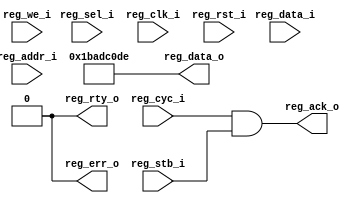



module soc_registers(
                      input   [31:0]  reg_data_i,
                      output  [31:0]  reg_data_o,
                      input   [31:0]  reg_addr_i,
                      input   [3:0]   reg_sel_i,
                      input           reg_we_i,
                      input           reg_cyc_i,
                      input           reg_stb_i,
                      output          reg_ack_o,
                      output          reg_err_o,
                      output          reg_rty_o,
      
                      input           reg_clk_i, 
                      input           reg_rst_i
                    );
                     
                           
  //---------------------------------------------------
  // outputs
  assign reg_data_o = 32'h1bad_c0de;
  assign reg_ack_o = reg_cyc_i & reg_stb_i;
  assign reg_err_o = 1'b0;
  assign reg_rty_o = 1'b0;

endmodule